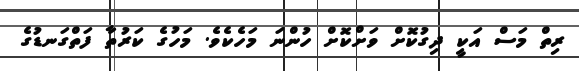
ރިތް މަސް އަކީ ދިގުކޮށް ވަށްކޮށް ހުންނަ މަހެކެވެ. މަހުގެ ކަރުތާ ފަތްގަނޑުގެ